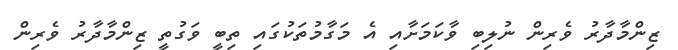
ޒިންމާދާރު ވެރިން ނުލިބި ވާކަމަށާއި އެ މަގާމުތަކުގައި ތިބީ ވަގުތީ ޒިންމާދާރު ވެރިން